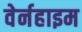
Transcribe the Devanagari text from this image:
वेर्नहाइम